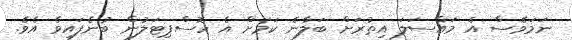
ނަމަވެސް އެ މައްސަލަ އިތުރަށް ބަލާނެ ކަމަށް އެ ހޮސްޕިޓަލުން ބުނެފައިވެ އެވެ.